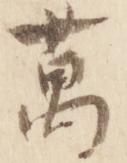
万